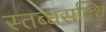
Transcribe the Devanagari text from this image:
स्तब्धसक्थि